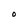
Character: O